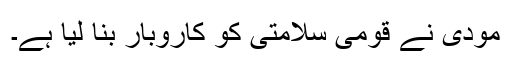
مودی نے قومی سلامتی کو کاروبار بنا لیا ہے۔